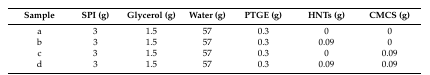
<table><thead><tr><td><b>Sample</b></td><td><b>SPI (g)</b></td><td><b>Glycerol (g)</b></td><td><b>Water (g)</b></td><td><b>PTGE (g)</b></td><td><b>HNTs (g)</b></td><td><b>CMCS (g)</b></td></tr></thead><tbody><tr><td>a</td><td>3</td><td>1.5</td><td>57</td><td>0.3</td><td>0</td><td>0</td></tr><tr><td>b</td><td>3</td><td>1.5</td><td>57</td><td>0.3</td><td>0.09</td><td>0</td></tr><tr><td>c</td><td>3</td><td>1.5</td><td>57</td><td>0.3</td><td>0</td><td>0.09</td></tr><tr><td>d</td><td>3</td><td>1.5</td><td>57</td><td>0.3</td><td>0.09</td><td>0.09</td></tr></tbody></table>